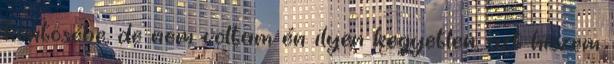
köntösébe, de nem voltam én ilyen kegyetlen, azt hiszem